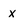
Character: x